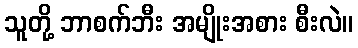
သူတို့ ဘာစက်ဘီး အမျိုးအစား စီးလဲ။